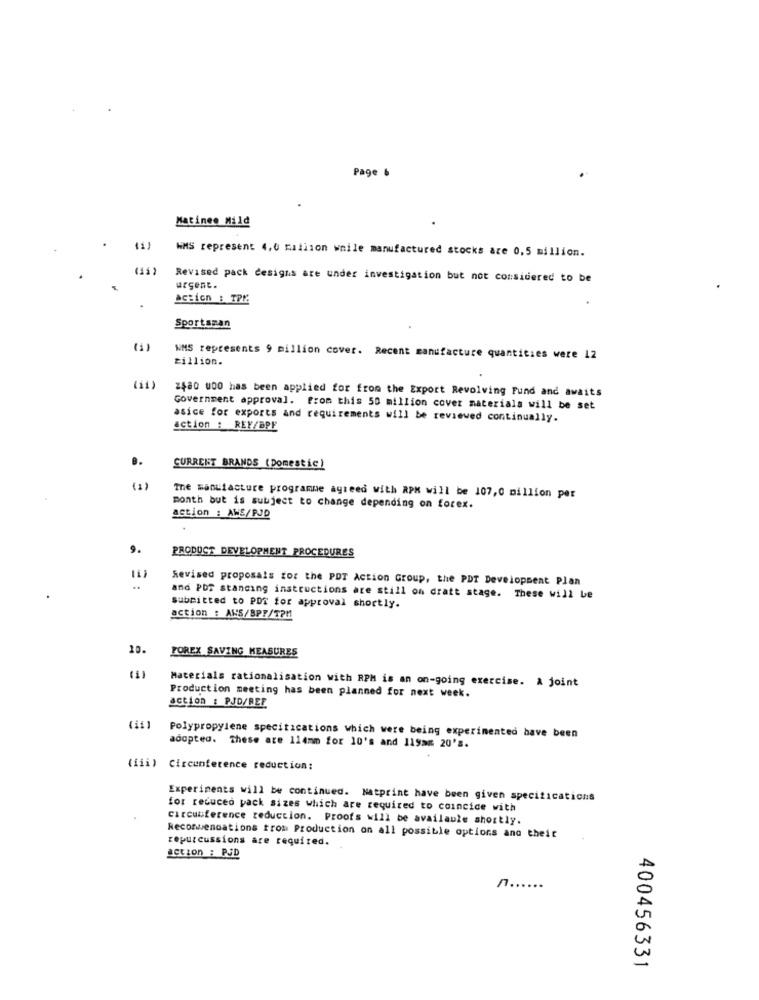
Page &
Matinee Mild
WMS represent 4,0 million while manufactured stocks are 0,5 million.
(11)
Revised pack designs are under investigation but not considered to be
urgent.
action : TPI:
Sportsman
(1)
WMS represents 9 million cover. Recent manufacture quantities were 12
zillion.
(11)
2,80 000 has been applied for from the Export Revolving Fund and awaits
Government approval. from this 50 million cover materials will be set
asice for exports and requirements will be reviewed continually.
action : REY/BPE
CURRENT BRANDS (Domestic)
(1)
The manufacture programme agreed with RPK will be 107,0 million per
month but is subject to change depending on forex.
action : AWS/PJD
9.
PRODUCT DEVELOPMENT PROCEDURES
Revised proposals for the PDT Action Group, the PDT Development Plan
= :
and PDF standing instructions are still on dratt stage. These will be
submitted to PDT for approval shortly.
action : ANS/BPY/TPM
10.
POREX SAVING MEASURES
Production meeting has been planned for next week.
Materials rationalisation with RPM is an on-going exercise. A joint
action : PJD/REF
Polypropylene specifications which were being experimented have been
adopted. These are 114mm for 10's and 119># 20's.
(iii) Circunference reduction:
Experiments will be continued. Natprint have been given specifications
for reduced pack sizes which are required to coincide with
circumference reduction. Proofs will be available shortly.
Reconwwenoations from Production on all possible options and theit
repurcussions are required.
action : PJD
n.
...
400456331